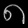
Digit: ၈